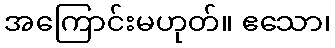
အကြောင်းမဟုတ်။ ဧသော၊